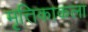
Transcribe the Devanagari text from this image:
मृत्तिकाकला